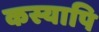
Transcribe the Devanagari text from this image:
कस्यापि